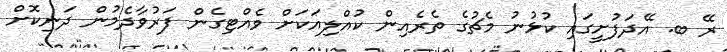
ރޭ ބ. އޭދަފުށީގައި ކުޅުނު މެޗުގެ ތެރެއިން ކުއްލިއަކަށް ވެއްޓިގެން ފަރުވާދެމުން ދަނިކޮށް